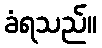
ခံရသည်။